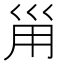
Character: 𡿲